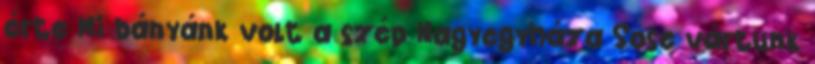
érte Mi bányánk volt a szép Nagyegyháza Sose vártunk